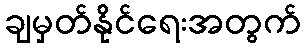
ချမှတ်နိုင်ရေးအတွက်